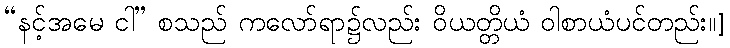
“နင့်အမေ ငါ” စသည် ကလော်ရာ၌လည်း ဝိယတ္တိယံ ဝါစာယံပင်တည်း။]